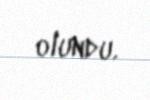
olundu.